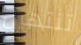
تنتهين